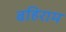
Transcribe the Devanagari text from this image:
बहिराम